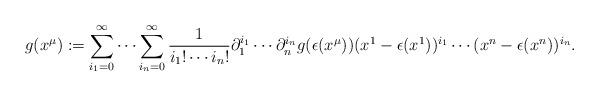
LaTeX: \begin{align*}g(x^{\mu}):=\sum_{i_1=0}^{\infty}\cdots\sum_{i_n=0}^{\infty}\frac{1}{i_1!\cdots i_n!}\partial_1^{i_1}\cdots \partial_n^{i_n}g(\epsilon(x^{\mu})) (x^1-\epsilon(x^1))^{i_1}\cdots(x^n-\epsilon(x^n))^{i_n}.\end{align*}